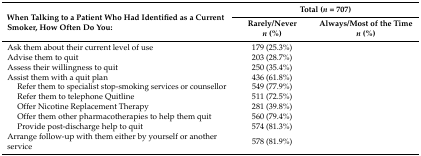
<table><thead><tr><td rowspan="2"><b>When Talking to a Patient Who Had Identified as a Current Smoker, How Often Do You:</b></td><td colspan="2"><b>Total (<i>n</i> = 707)</b></td></tr><tr><td><b>Rarely/Never<i>n</i> (%)</b></td><td><b>Always/Most of the Time<i>n</i> (%)</b></td></tr></thead><tbody><tr><td>Ask them about their current level of use</td><td>179 (25.3%)</td><td>[EMPTY_CELL]</td></tr><tr><td>Advise them to quit</td><td>203 (28.7%)</td><td>[EMPTY_CELL]</td></tr><tr><td>Assess their willingness to quit</td><td>250 (35.4%)</td><td>[EMPTY_CELL]</td></tr><tr><td>Assist them with a quit plan</td><td>436 (61.8%)</td><td>[EMPTY_CELL]</td></tr><tr><td>Refer them to specialist stop-smoking services or counsellor</td><td>549 (77.9%)</td><td>[EMPTY_CELL]</td></tr><tr><td>Refer them to telephone Quitline</td><td>511 (72.5%)</td><td>[EMPTY_CELL]</td></tr><tr><td>Offer Nicotine Replacement Therapy</td><td>281 (39.8%)</td><td>[EMPTY_CELL]</td></tr><tr><td>Offer them other pharmacotherapies to help them quit</td><td>560 (79.4%)</td><td>[EMPTY_CELL]</td></tr><tr><td>Provide post-discharge help to quit</td><td>574 (81.3%)</td><td>[EMPTY_CELL]</td></tr><tr><td>Arrange follow-up with them either by yourself or another service</td><td>578 (81.9%)</td><td>[EMPTY_CELL]</td></tr></tbody></table>